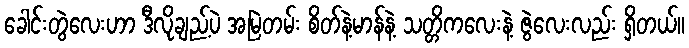
ခေါင်းတွဲလေးဟာ ဒီလိုချည့်ပဲ အမြဲတမ်း စိတ်နဲ့မာန်နဲ့ သတ္တိကလေးနဲ့ ဇွဲလေးလည်း ရှိတယ်။